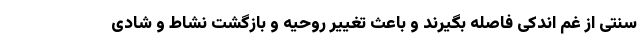
سنتی از غم اندکی فاصله بگیرند و باعث تغییر روحیه و بازگشت نشاط و شادی